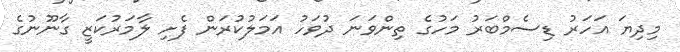
މިދިޔަ އަހަރު ޑިސެމްބަރު މަހުގެ ތިންވަނަ ދުވަހު އަމަލުކުރަން ފެށި ލާމަރުކަޒީ ގާނޫނުގެ